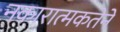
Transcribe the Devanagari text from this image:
नकारात्मकतेने